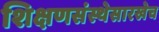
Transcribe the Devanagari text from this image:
शिक्षणसंस्थेसारखेच